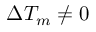
\Delta T _ { m } \not = 0